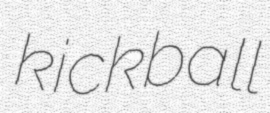
kickball